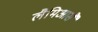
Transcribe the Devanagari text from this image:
लैमिआसै